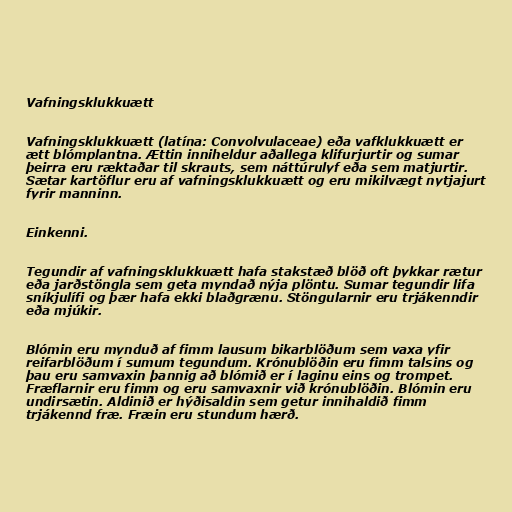
Vafningsklukkuætt

Vafningsklukkuætt (latína: Convolvulaceae) eða vafklukkuætt er
ætt blómplantna. Ættin inniheldur aðallega klifurjurtir og sumar
þeirra eru ræktaðar til skrauts, sem náttúrulyf eða sem matjurtir.
Sætar kartöflur eru af vafningsklukkuætt og eru mikilvægt nytjajurt
fyrir manninn.

Einkenni.

Tegundir af vafningsklukkuætt hafa stakstæð blöð oft þykkar rætur
eða jarðstöngla sem geta myndað nýja plöntu. Sumar tegundir lifa
sníkjulífi og þær hafa ekki blaðgrænu. Stöngularnir eru trjákenndir
eða mjúkir.

Blómin eru mynduð af fimm lausum bikarblöðum sem vaxa yfir
reifarblöðum í sumum tegundum. Krónublöðin eru fimm talsins og
þau eru samvaxin þannig að blómið er í laginu eins og trompet.
Fræflarnir eru fimm og eru samvaxnir við krónublöðin. Blómin eru
undirsætin. Aldinið er hýðisaldin sem getur innihaldið fimm
trjákennd fræ. Fræin eru stundum hærð.